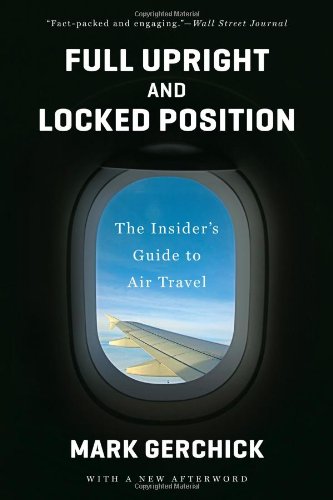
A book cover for Full Upright and Locked Position: The Insider's Guide to Air Travel; Mark Gerchick; Travel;